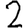
Digit: 2